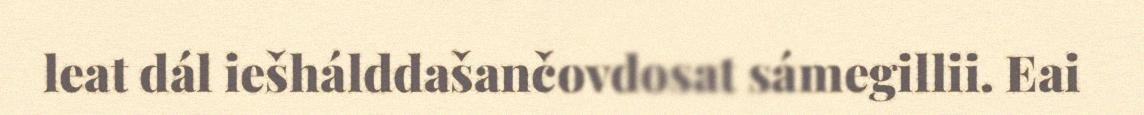
leat dál iešhálddašančovdosat sámegillii. Eai